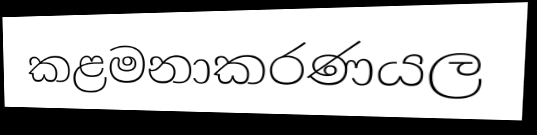
කළමනාකරණයල